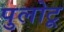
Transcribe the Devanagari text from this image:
पुलोटू